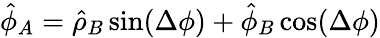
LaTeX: \hat{\phi}_{A}=\hat{\rho}_{B}\sin(\Delta\phi)+\hat{\phi}_{B}\cos(\Delta\phi)